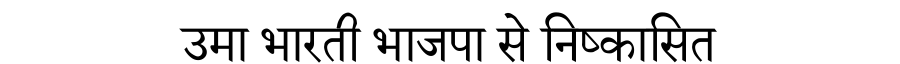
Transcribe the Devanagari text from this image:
उमा भारती भाजपा से निष्कासित